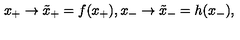
x _ { + } \rightarrow { \tilde { x } } _ { + } = f ( x _ { + } ) , { } x _ { - } \rightarrow { \tilde { x } } _ { - } = h ( x _ { - } ) ,